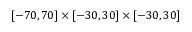
[ - 7 0 , 7 0 ] \times [ - 3 0 , 3 0 ] \times [ - 3 0 , 3 0 ]